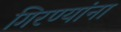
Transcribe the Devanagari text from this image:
गिरण्यांना